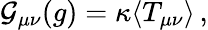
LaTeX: {\cal G}_{\mu\nu}(g)=\kappa\langle T_{\mu\nu}\rangle\, ,